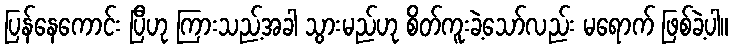
ပြန်နေကောင်း ပြီဟု ကြားသည့်အခါ သွားမည်ဟု စိတ်ကူးခဲ့သော်လည်း မရောက် ဖြစ်ခဲ့ပါ။